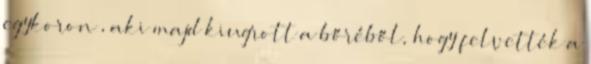
egykoron”, aki majd kiugrott a bőréből, hogy felvették a